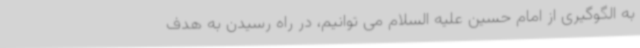
به الگوگیری از امام حسین علیه السلام می توانیم، در راه رسیدن به هدف